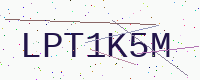
Text: LPT1K5M